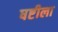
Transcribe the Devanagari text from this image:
षष्टीला